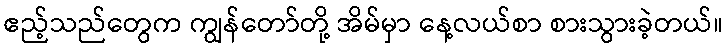
ဧည့်သည်တွေက ကျွန်တော်တို့ အိမ်မှာ နေ့လယ်စာ စားသွားခဲ့တယ်။